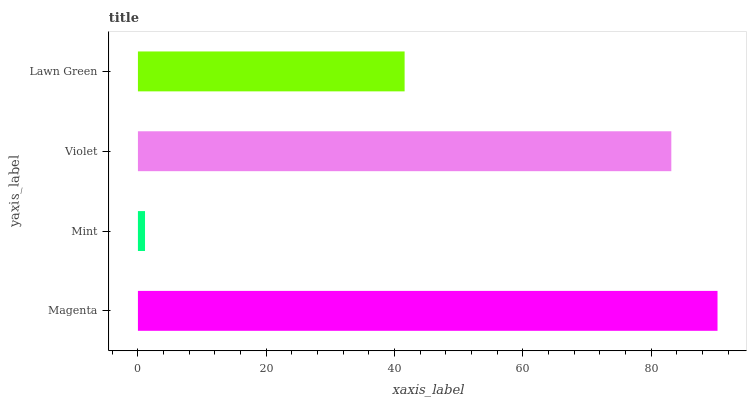
| yaxis_label | bars |
 | --- | --- |
 | Magenta | 90.3 |
 | Mint | 1.11 |
 | Violet | 83.1 |
 | Lawn Green | 41.6 |